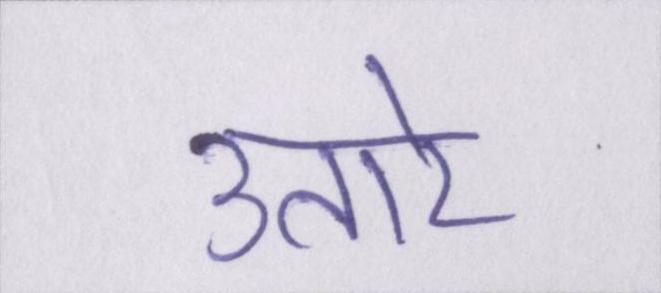
उतारे